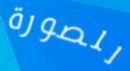
للصورة